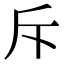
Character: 斥